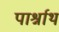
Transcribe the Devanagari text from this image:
पार्श्नाथ